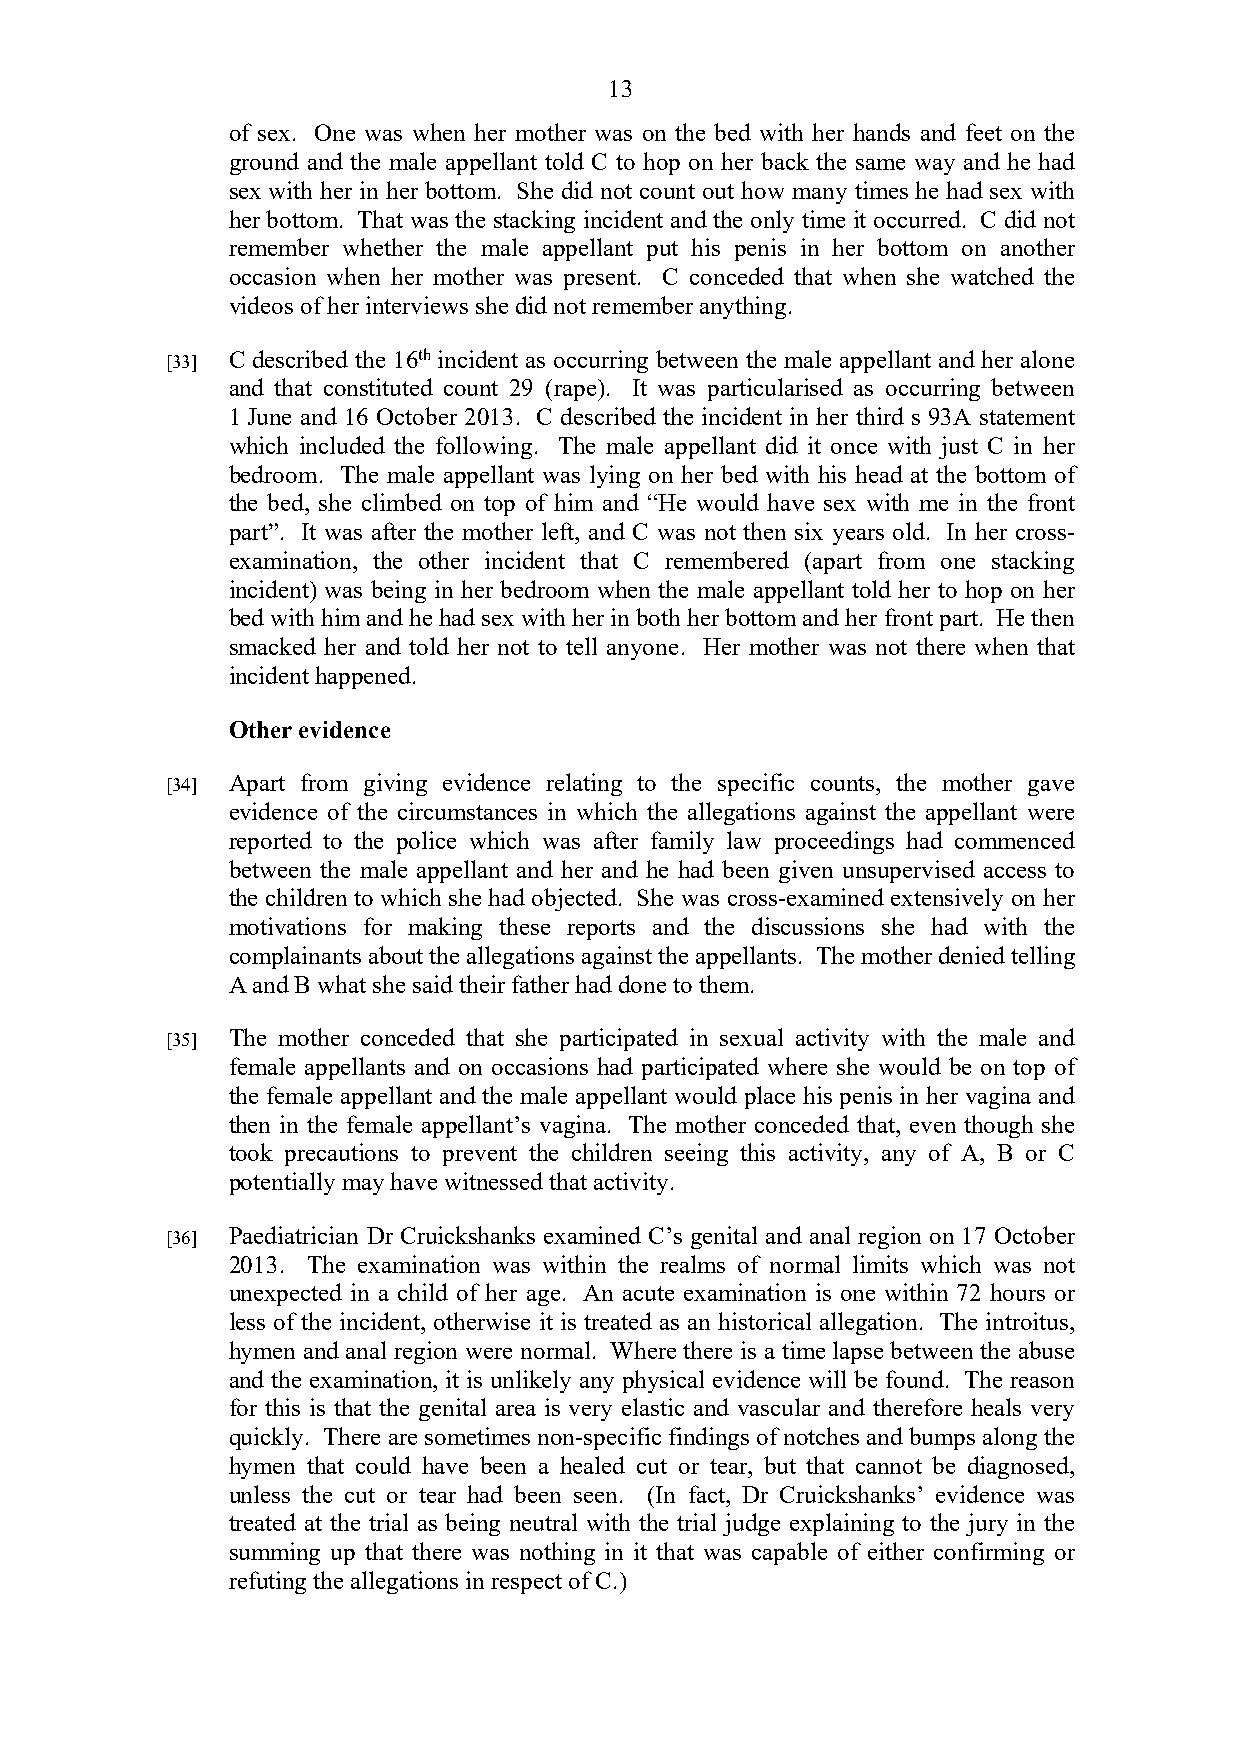
13
 of sex. One was when her mother was on the bed with her hands and feet on the
 ground and the male appellant told C to hop on her back the same way and he had
 sex with her in her bottom. She did not count out how many times he had sex with
 her bottom. That was the stacking incident and the only time it occurred. C did not
 remember whether the male appellant put his penis in her bottom on another
 occasion when her mother was present. C conceded that when she watched the
 videos of her interviews she did not remember anything.
 [33] C described the 16th incident as occurring between the male appellant and her alone
 and that constituted count 29 (rape). It was particularised as occurring between
 1 June and 16 October 2013. C described the incident in her third s 93A statement
 which included the following. The male appellant did it once with just C in her
 bedroom. The male appellant was lying on her bed with his head at the bottom of
 the bed, she climbed on top of him and “He would have sex with me in the front
 part”. It was after the mother left, and C was not then six years old. In her cross-
 examination, the other incident that C remembered (apart from one stacking
 incident) was being in her bedroom when the male appellant told her to hop on her
 bed with him and he had sex with her in both her bottom and her front part. He then
 smacked her and told her not to tell anyone. Her mother was not there when that
 incident happened.
 Other evidence
 [34] Apart from giving evidence relating to the specific counts, the mother gave
 evidence of the circumstances in which the allegations against the appellant were
 reported to the police which was after family law proceedings had commenced
 between the male appellant and her and he had been given unsupervised access to
 the children to which she had objected. She was cross-examined extensively on her
 motivations for making these reports and the discussions she had with the
 complainants about the allegations against the appellants. The mother denied telling
 A and B what she said their father had done to them.
 [35] The mother conceded that she participated in sexual activity with the male and
 female appellants and on occasions had participated where she would be on top of
 the female appellant and the male appellant would place his penis in her vagina and
 then in the female appellant’s vagina. The mother conceded that, even though she
 took precautions to prevent the children seeing this activity, any of A, B or C
 potentially may have witnessed that activity.
 [36] Paediatrician Dr Cruickshanks examined C’s genital and anal region on 17 October
 2013. The examination was within the realms of normal limits which was not
 unexpected in a child of her age. An acute examination is one within 72 hours or
 less of the incident, otherwise it is treated as an historical allegation. The introitus,
 hymen and anal region were normal. Where there is a time lapse between the abuse
 and the examination, it is unlikely any physical evidence will be found. The reason
 for this is that the genital area is very elastic and vascular and therefore heals very
 quickly. There are sometimes non-specific findings of notches and bumps along the
 hymen that could have been a healed cut or tear, but that cannot be diagnosed,
 unless the cut or tear had been seen. (In fact, Dr Cruickshanks’ evidence was
 treated at the trial as being neutral with the trial judge explaining to the jury in the
 summing up that there was nothing in it that was capable of either confirming or
 refuting the allegations in respect of C.)